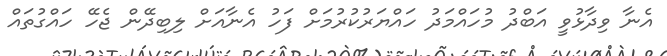
އެނާ ވިދާޅުވީ އަބްދު މުހައްމަދު ހައްޔަރުކުރުމަށް ފަހު އެނާއަށް ލިބިދޭން ޖެހޭ ހައްގުތައް